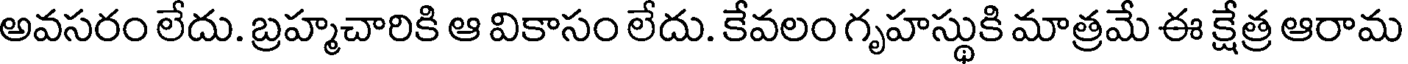
అవసరం లేదు. బ్రహ్మచారికి ఆ వికాసం లేదు. కేవలం గృహస్థుకి మాత్రమే ఈ క్షేత్ర ఆరామ